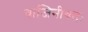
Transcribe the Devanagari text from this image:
वाजिनीवतः